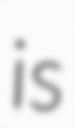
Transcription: is